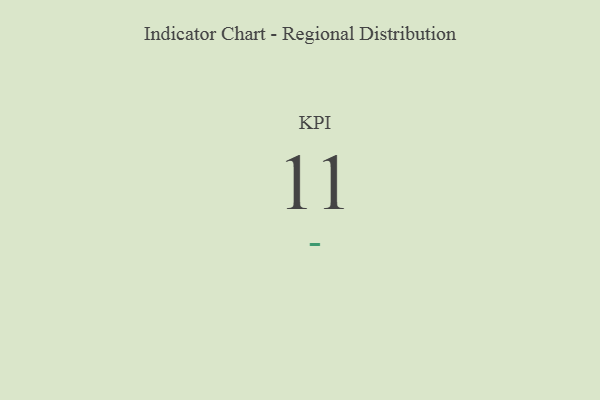
{"axis": {"x": "KPI", "y": "Value"}, "legend": [""], "data": [{"x": "KPI", "y": 11, "type": ""}]}